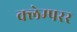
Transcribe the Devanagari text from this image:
क्लेम्परर